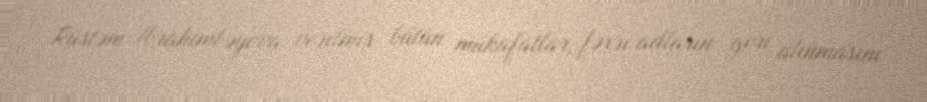
Rüstəm İbrahimbəyova verilmiş bütün mükafatlar, fəxri adların geri alınmasını